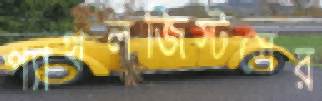
প্যাথলজিস্টসের